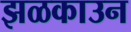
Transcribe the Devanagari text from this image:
झळकाउन